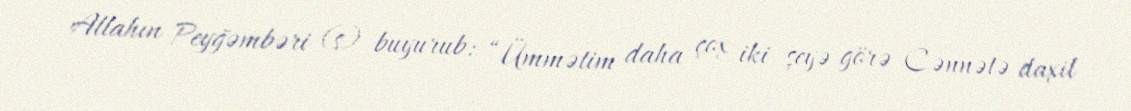
Allahın Peyğəmbəri (s) buyurub: “Ümmətim daha çox iki şeyə görə Cənnətə daxil